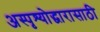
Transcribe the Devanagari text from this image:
अस्पृश्योद्धारासाठी